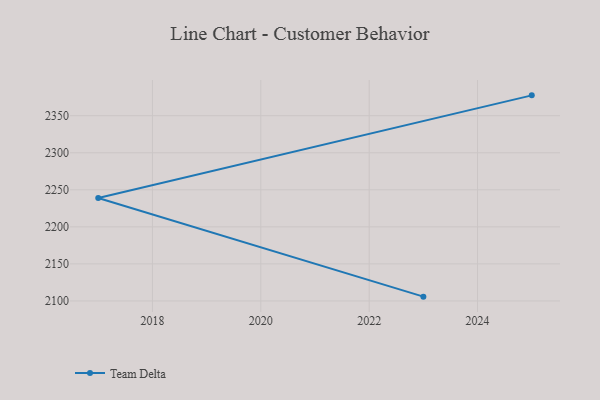
{"axis": {"x": "Year", "y": "Latency (ms)"}, "legend": ["Team Delta"], "data": [{"x": "2023", "y": 2105.8, "type": "Team Delta"}, {"x": "2017", "y": 2238.9, "type": "Team Delta"}, {"x": "2025", "y": 2377.5, "type": "Team Delta"}]}